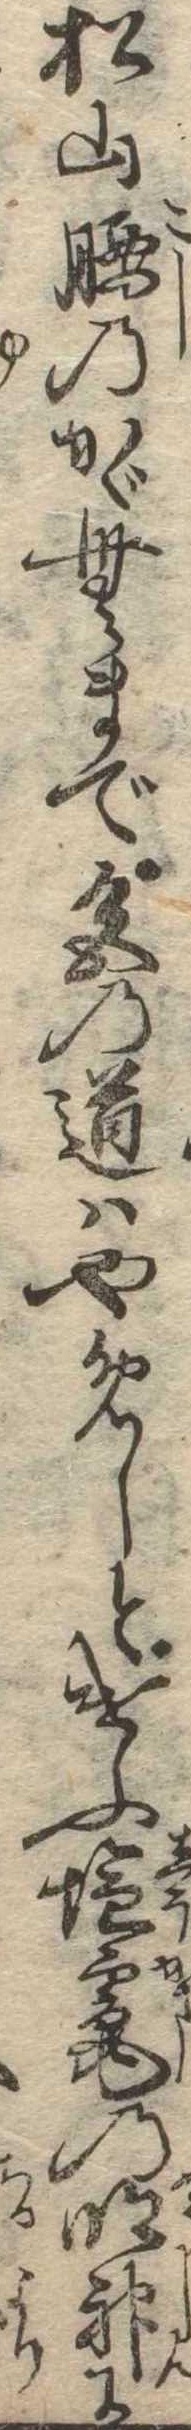
松山腰のかゞむまで色の道はやめしとけふ塩竃の明神に